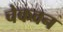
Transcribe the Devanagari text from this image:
चेकवन